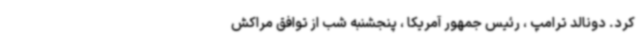
کرد. دونالد ترامپ ، رئیس جمهور آمریکا ، پنجشنبه شب از توافق مراکش